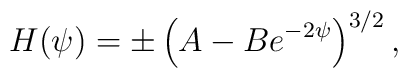
H(\psi) = \pm \left( A - B e^{-2\psi} \right)^{3/2},